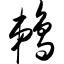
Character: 鹈